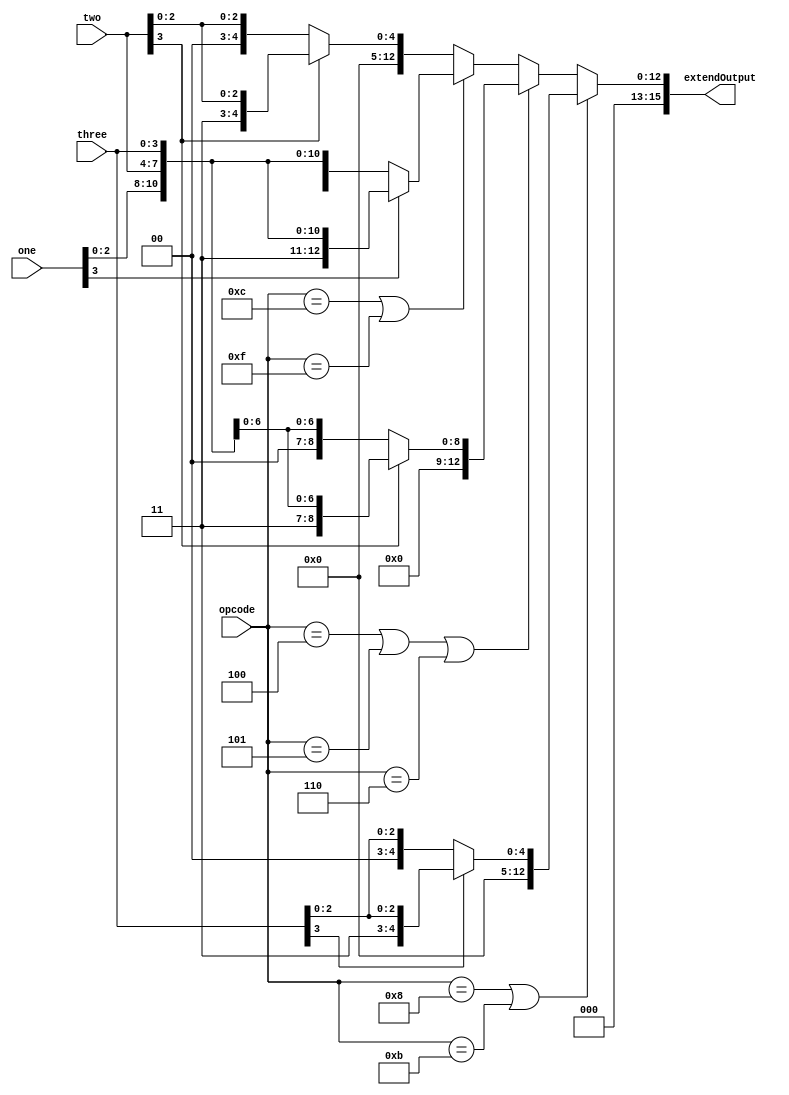
module signextend(opcode,one,two,three,extendOutput);
	input[3:0] opcode,one,two,three;
	output reg[15:0] extendOutput;
	
	always @ (*)
	begin
		if(opcode==4'b1000 || opcode==4'b1011) begin //B types
			if(three[3] == 1'b0) // if it's 0, extend with 0's
				extendOutput = {12'h0, three[3:0]}; // concatenate & extend to 16 bits with 0's
			else // else extend with 1's
				extendOutput = {12'h1, three[3:0]}; // concatenate & extend to 16 bits with 1's
		end else if (opcode==4'b0100 || opcode==4'b0101 || opcode==4'b0110) begin //C type
			if(two[3] == 1'b0) // if it's 0, extend with 0's
				extendOutput = {8'h0, two[3:0],three[3:0]}; // concatenate & extend to 16 bits with 0's
			else // else extend with 1's
				extendOutput = {8'h1, two[3:0],three[3:0]}; // concatenate & extend to 16 bits with 1's
		end else if (opcode==4'b1100 || opcode==4'b1111)  begin //D type
			if(one[3] == 1'b0) // if it's 0, extend with 0's
					extendOutput = {4'h0,one[3:0],two[3:0],three[3:0]}; // concatenate & extend to 16 bits with 0's
				else // else extend with 1's
					extendOutput = {4'h1,one[3:0],two[3:0],three[3:0]}; // concatenate & extend to 16 bits with 1's
		end else begin //A tyoes
			if(two[3] == 1'b0) // if it's 0, extend with 0's
				extendOutput = {12'h0, two[3:0]}; // concatenate & extend to 16 bits with 0's
			else // else extend with 1's
				extendOutput = {12'h1, two[3:0]}; // concatenate & extend to 16 bits with 1's
		end
	end
endmodule